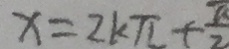
x = 2 k \pi + \frac { \pi } { 2 }